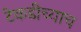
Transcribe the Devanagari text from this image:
टेकडीच्याच